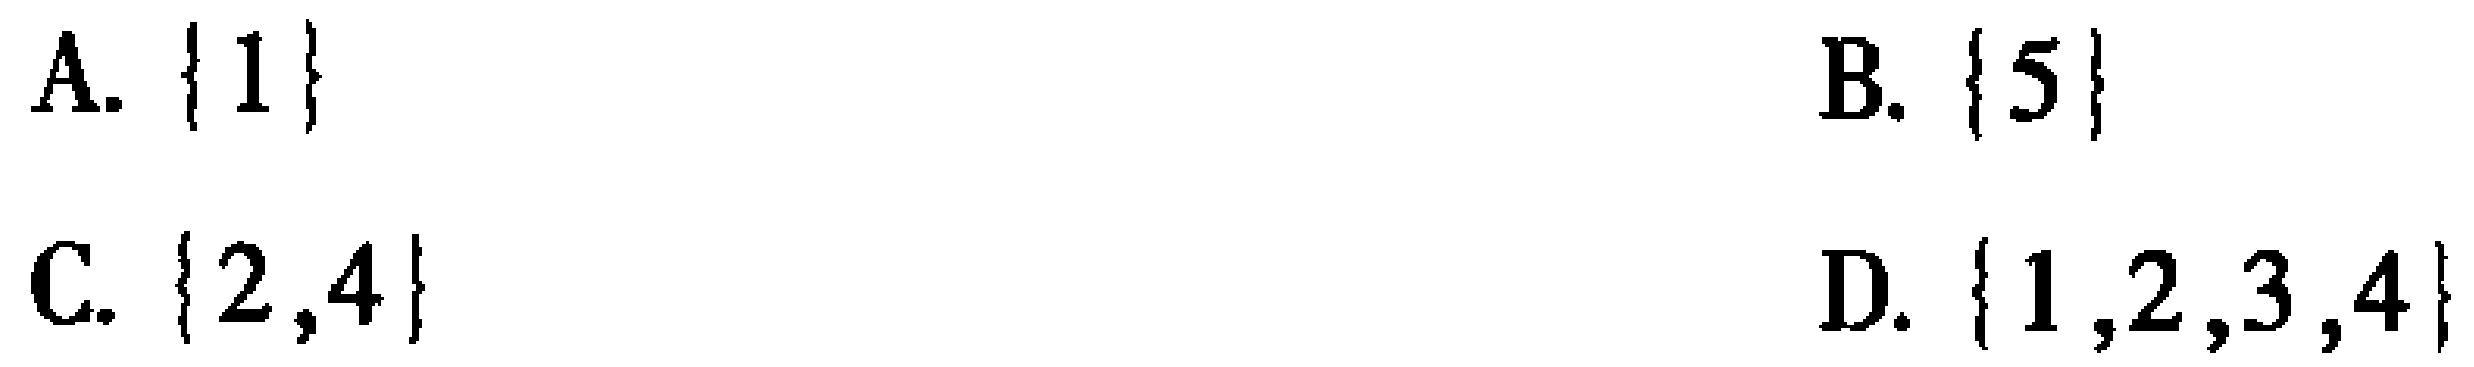
A. $\{1\}$
B. $\{5\}$
C. $\{2,4\}$
D. $\{1,2,3,4\}$